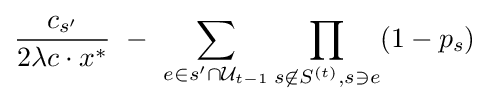
{\frac {c_{s'}}{2\lambda c\cdot x^{*}}}~-~\sum _{e\in s'\cap {\mathcal {U}}_{t-1}}\prod _{s\not \in S^{(t)},s\ni e}(1-p_{s})